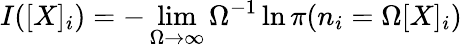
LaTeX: I([X]_{i})=-\operatorname*{lim}_{\Omega\to\infty}\Omega^{-1}\ln\pi(n_{i}=\Omega[X]_{i})